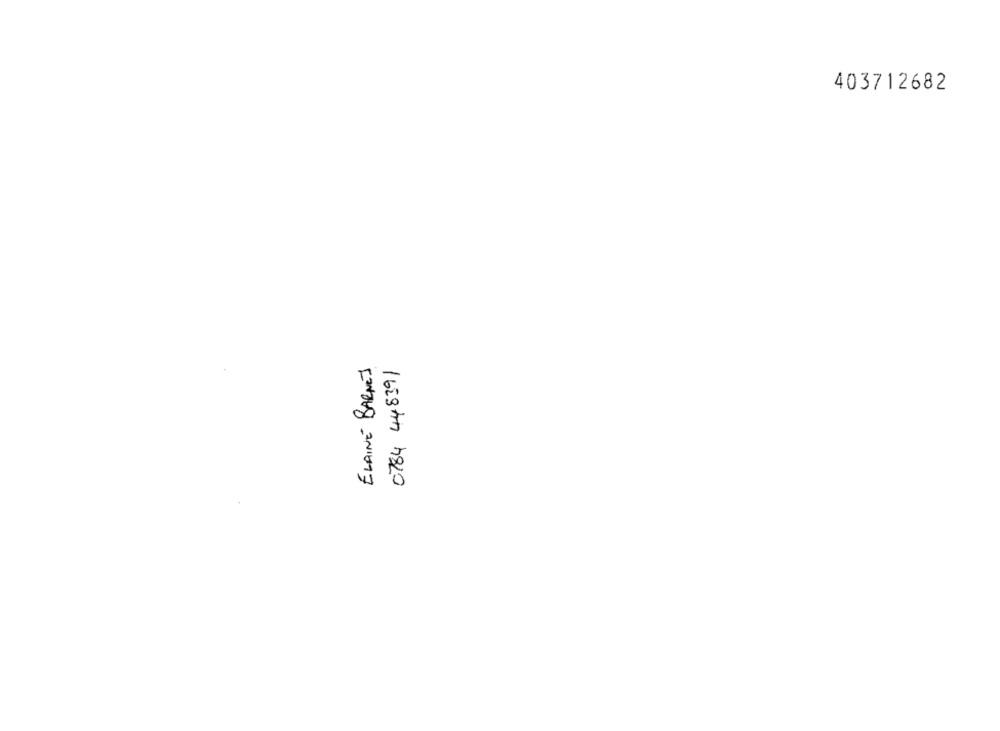
403712682
ELAINE BARNES
0784 448391